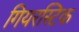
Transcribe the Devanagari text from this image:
गियरस्टिक